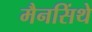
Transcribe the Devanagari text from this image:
मैनसिंथे